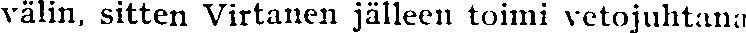
välin, sitten Virtanen jälleen toimi vetojuhtana